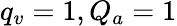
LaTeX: q_{v}=1,Q_{a}=1